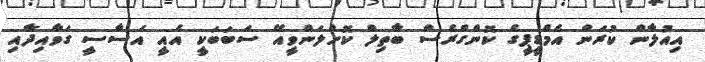
އިއުލާން ކުރަން އެމްޑީޕީގެ ކޮންގްރެސް ބާތިލް ކޮށްލަންވީއޭ ސަބަބަކީ އެއީ އަސާސީ ގަވާއިދާއި